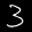
Label: 3